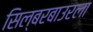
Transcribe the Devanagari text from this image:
सिल्बरबाउरला